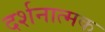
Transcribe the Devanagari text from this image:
दर्शनात्मक